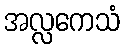
အလ္လကေသံ